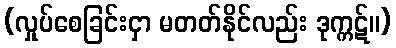
(လှုပ်စေခြင်းငှာ မတတ်နိုင်လည်း ဒုက္ကဋ်။)